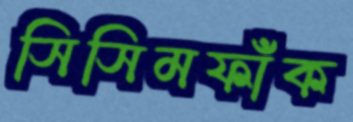
সিসিমফাঁক